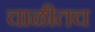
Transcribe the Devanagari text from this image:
चाळीतच